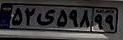
۵۲ی۵۹۸۹۹